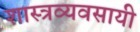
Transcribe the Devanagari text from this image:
शास्त्रव्यवसायी